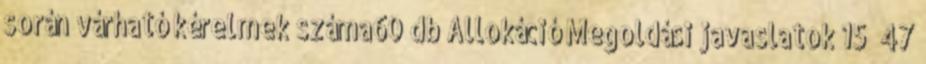
során várható kérelmek száma60 db Allokáció Megoldási javaslatok 15 47